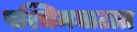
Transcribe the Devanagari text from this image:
पश्चिमघाटात